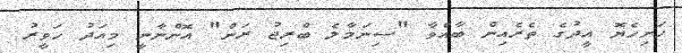
ހަށިހެޔޮ އީދުގެ ތެރެއިން ބާއްވާ "ސިނަމާލެ ބްރިޖު ރަން" އޮންނާނީ މިއަދު ހަވީރު